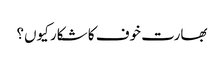
بھارت خوف کا شکار کیوں؟